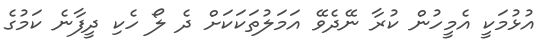
އުޅުމަކީ އެމީހުން ކުރާ ނޭދެވޭ އަމަލުތަކަކަށް ދެ ލޯ ހެކި ދީފާނެ ކަމުގެ